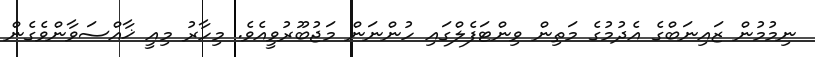
ނިމުމުން ޒައިނަބްގެ އެދުމުގެ މަތިން ވިންޓަފެލްގައި ހުންނަން މަޖުބޫރުވީއެވެ. މިހާރު މިއީ ޚާއްސަވާންވެގެން